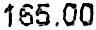
165.00